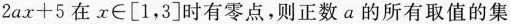
$$2ax+5$$在$$x\in \left [ 1,3\right ]时有零点，则正数a的所有取值的集